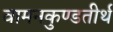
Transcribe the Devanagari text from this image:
वामनकुण्डतीर्थ